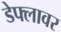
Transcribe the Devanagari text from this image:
डेफ्लावर